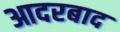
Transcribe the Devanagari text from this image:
आदरबाद